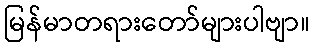
မြန်မာတရားတော်များပါဗျာ။